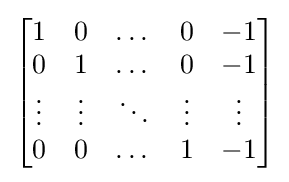
{\begin{bmatrix}1&0&\dots &0&-1\\0&1&\dots &0&-1\\\vdots &\vdots &\ddots &\vdots &\vdots \\0&0&\dots &1&-1\end{bmatrix}}